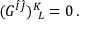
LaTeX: ( G ^ { \hat { I } \hat { J } } ) _ { ~ L } ^ { K } = 0 \, .